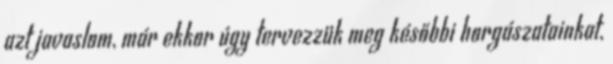
azt javaslom, már ekkor úgy tervezzük meg későbbi horgászatainkat,